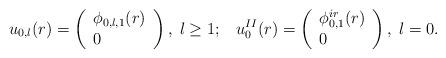
LaTeX: \begin{align*}u_{0,l}(r)=\left( \begin{array}{l}\phi _{0,l,1}(r) \\ 0\end{array}\right) ,{\rm \;}{}l\geq 1;\;\;\;u_{0}^{II}(r)=\left( \begin{array}{l}\phi _{0,1}^{ir}(r) \\ 0\end{array}\right) ,\;{}l=0. \end{align*}